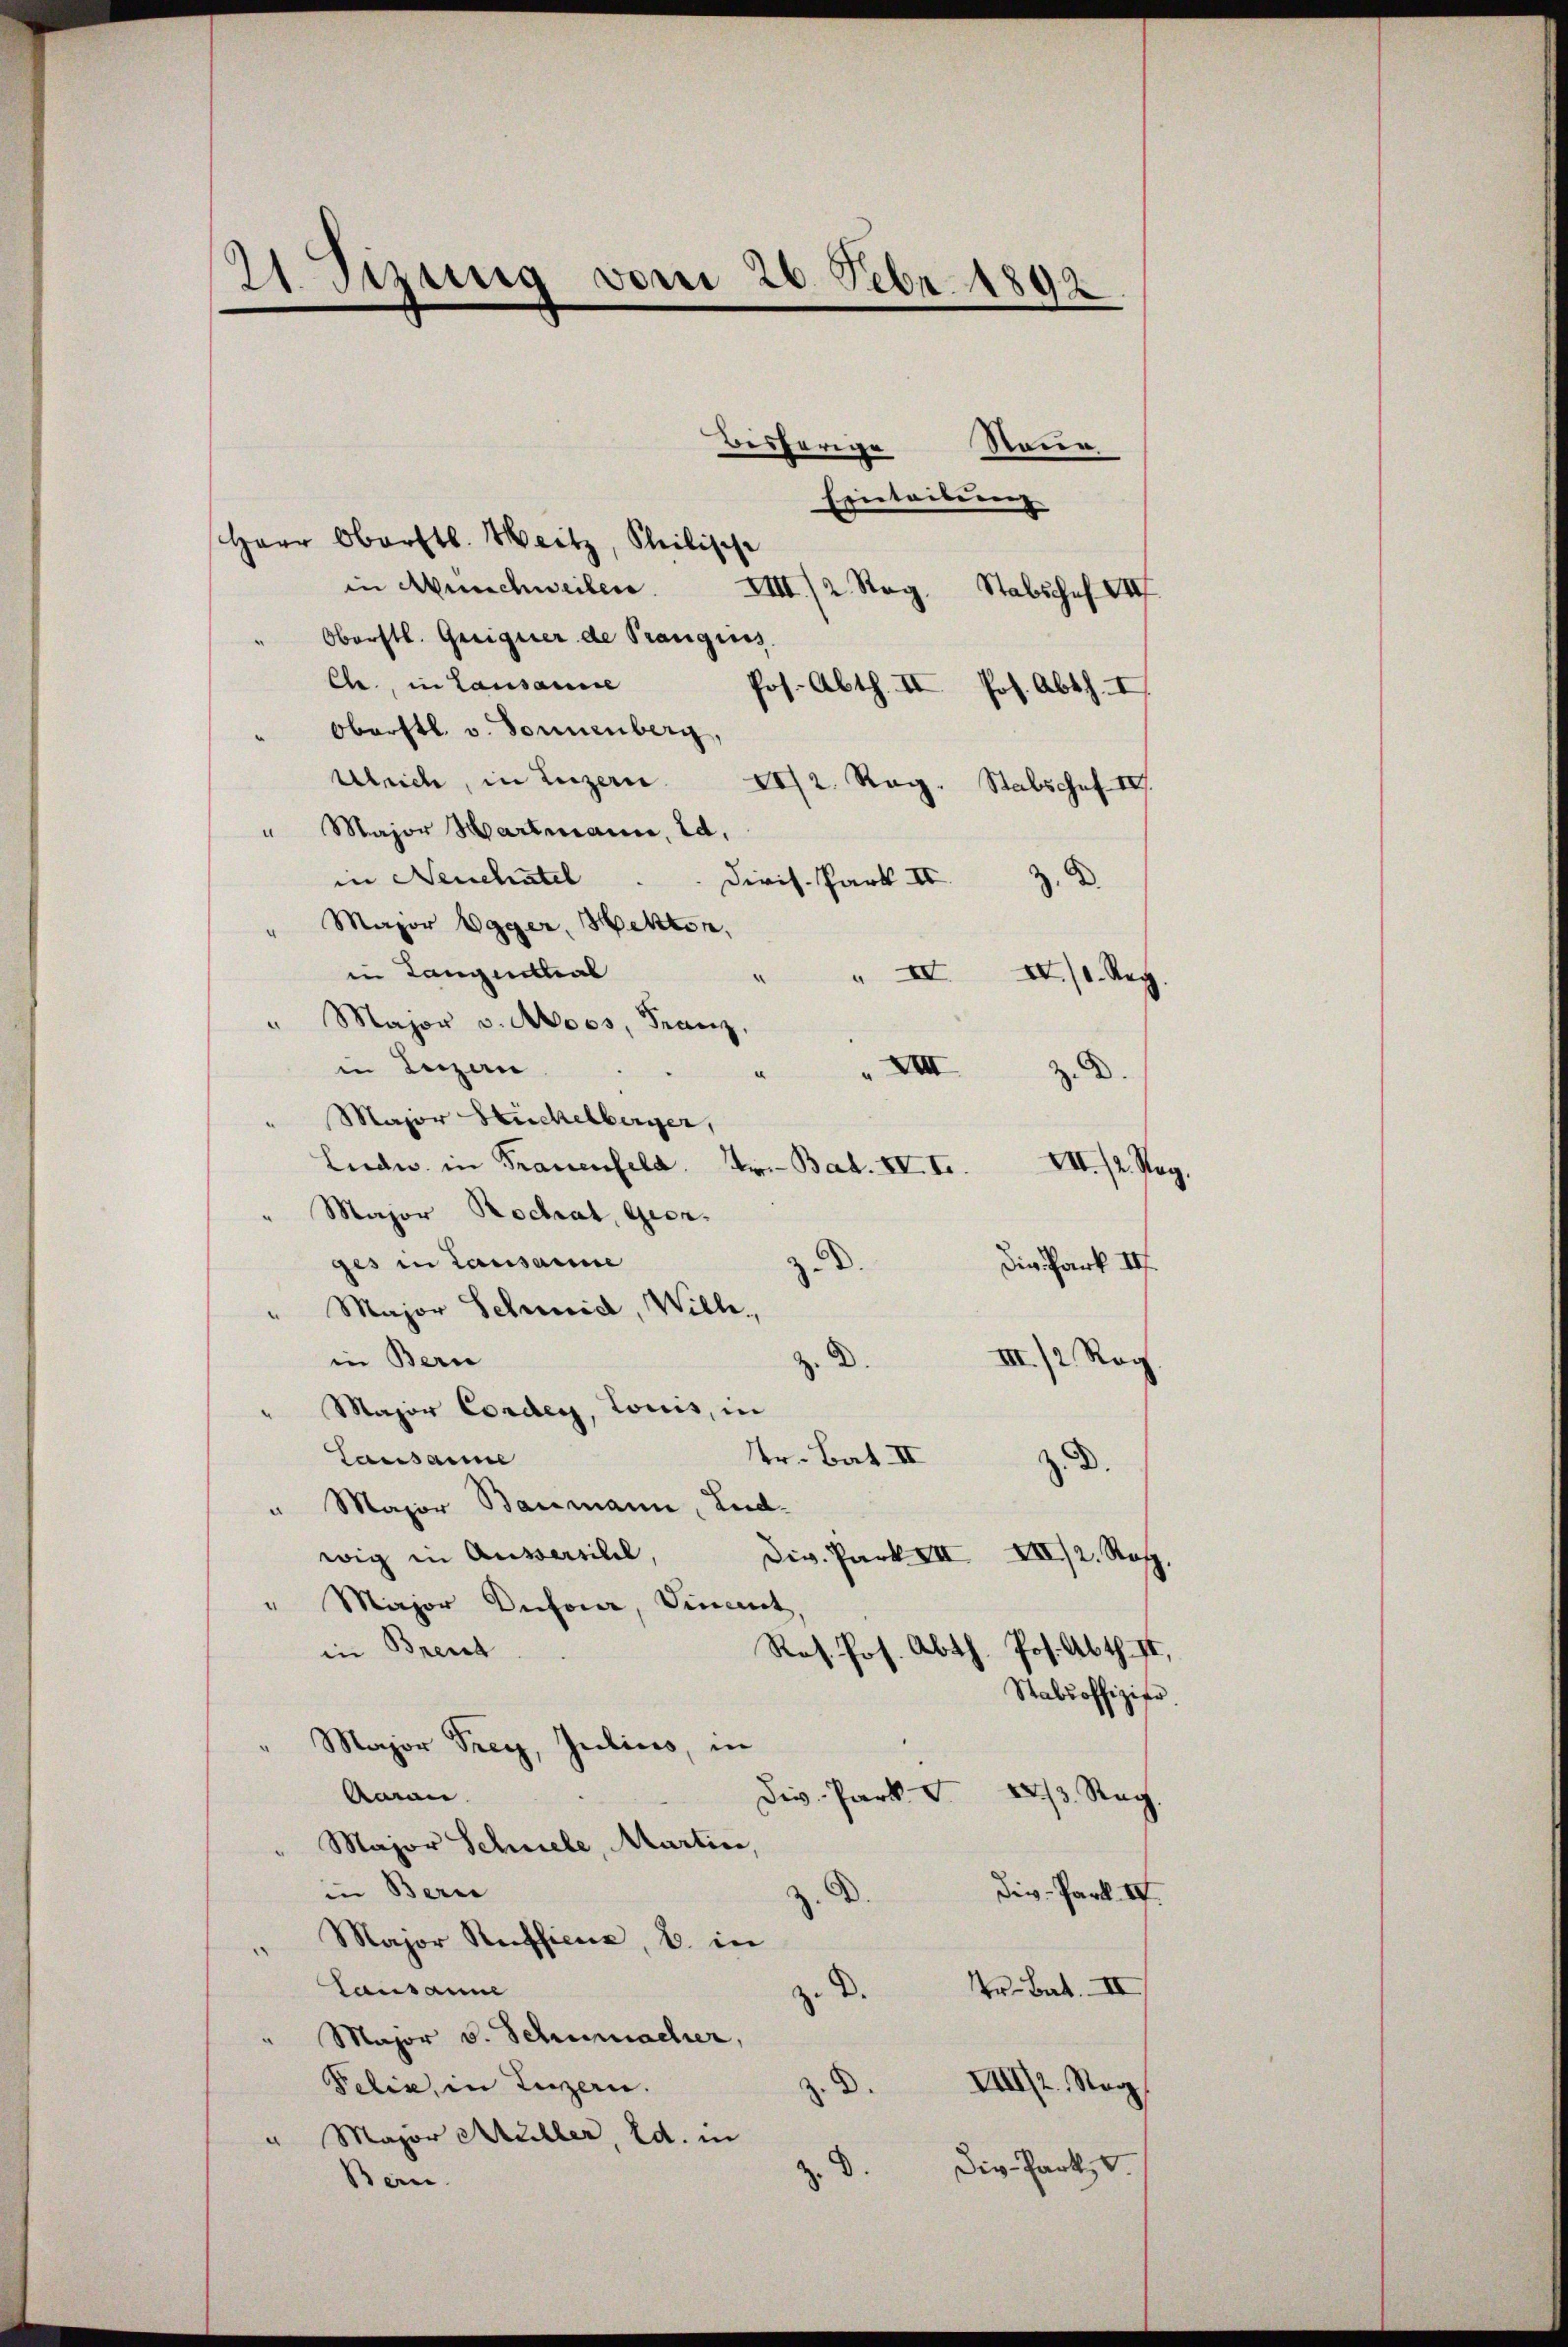
21. Sizung vom 26. Febr. 1892.

Beshörige
Raue
Eintribung
Herr Oberstl. Heitz, Philische
in Münchweilen.
VIII/2 Rog. Stabschaf VIII
Oberstl. Geeigner de Prangins
Ch., in Lausanne
Jos. Abth. II. Jos. Abth. I
Oberstl. v. Donnenberg,
Ulrich, in Luzern 21/2. Reg. Stabschof IV
" Major Hartmann, Ed.
in Neuchatel
Diris. Park II 32
" Major Egger, Hekton,
in Langenthal
" "IV XX/1. Reg
Major v. Moos, Franz,
in Luzern
 XIII
e
z
" Major Huckelberger,
Ludw. in Frauenfeld.
Ur. Bat. IV. I.
VII./2. Reg.
" Major Rochrat, Geer.
ges in Lausame
Die Park III.
" Major Schmid, Wille,
in Bern
III/2 Reg
D.
Major Corden, Louis, in
r. Bat. II
Lausanne
. D.
" Major Baumann, Ludwig in Aussersibel,
Div. Park VII XII./2. Rof.
" Major Dufour, Vincent,
Ros. Jos. Abth. Jos. Abth. II,
in Brent
Stabsoffizier
Major Frey, Julius, in
Div. Park S
Arran
A Sag |
Major Schnele, Martin,
in Bern
div-Park IV.
.
Major Ruffiene, B. in
Lausanne
tr. Bat. II
. D.
Major v. Schumacher,
Felix, in Luzern.
IIII/2. Nag
d.
" Major Müller, Ed. in
Div-Park, V.
z. d.
Bern.